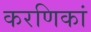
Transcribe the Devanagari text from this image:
करणिकां